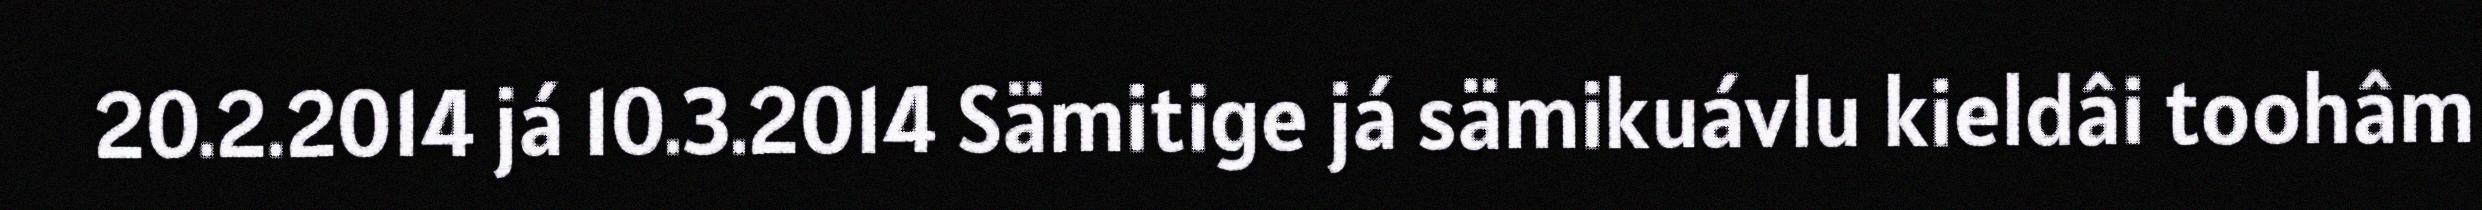
20.2.2014 já 10.3.2014 Sämitige já sämikuávlu kieldâi toohâm